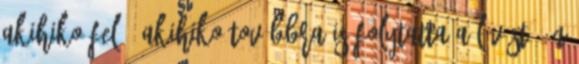
Akihiko felé. Akihiko továbbra is folytatta a lövést, én